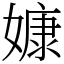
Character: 嫝